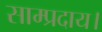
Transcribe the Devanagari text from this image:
साम्प्रदाय।